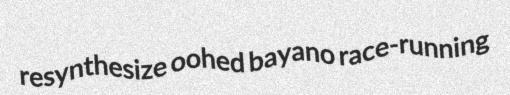
resynthesize oohed bayano race-running